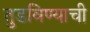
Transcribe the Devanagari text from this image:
तुडविण्याची